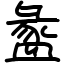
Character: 盠